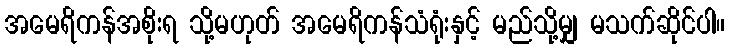
အမေရိကန်အစိုးရ သို့မဟုတ် အမေရိကန်သံရုံးနှင့် မည်သို့မျှ မသက်ဆိုင်ပါ။